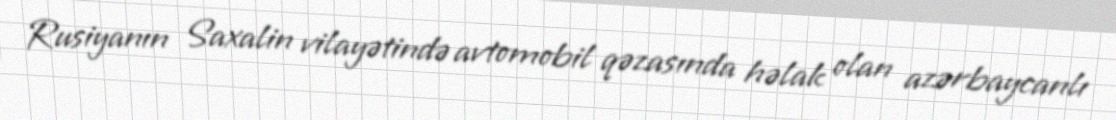
Rusiyanın Saxalin vilayətində avtomobil qəzasında həlak olan azərbaycanlı